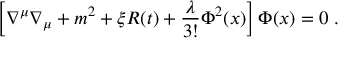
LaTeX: \left[ \nabla ^ { \mu } \nabla _ { \mu } + m ^ { 2 } + \xi { \cal R } ( t ) + \frac { \lambda } { 3 ! } \Phi ^ { 2 } ( x ) \right] \Phi ( x ) = 0 \; .